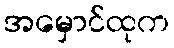
အမှောင်ထုက